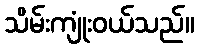
သိမ်းကျုံးဝယ်သည်။